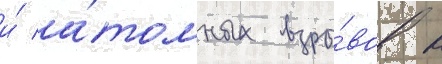
и́ а́томных взры́вов в